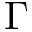
\Gamma